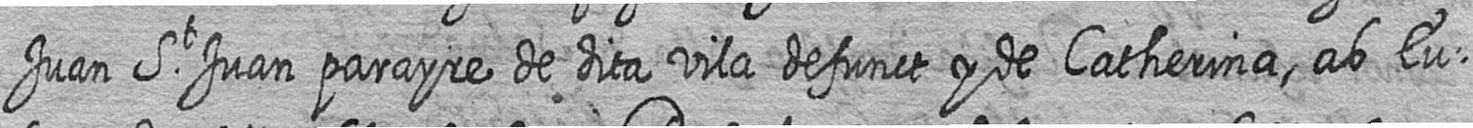
Juan St Juan parayre de dita vila defunct y de Catherina ab Eu=